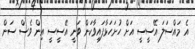
އެ މައްސަލަ އޭސީސީ އަށް ހުށަހަޅާފައިވާކަން ވަނީ އޭސީސީ އިން ވެސް ސަން